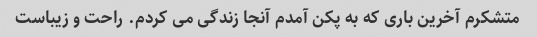
متشکرم آخرین باری که به پکن آمدم آنجا زندگی می کردم. راحت و زیباست